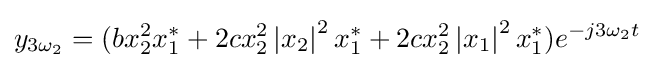
y_{3{\omega _{2}}}=(bx_{2}^{2}x_{1}^{\ast }+2cx_{2}^{2}\left\vert {x_{2}}\right\vert ^{2}x_{1}^{\ast }+2cx_{2}^{2}\left\vert {x_{1}}\right\vert ^{2}x_{1}^{\ast })e^{-j3{\omega }_{2}t}